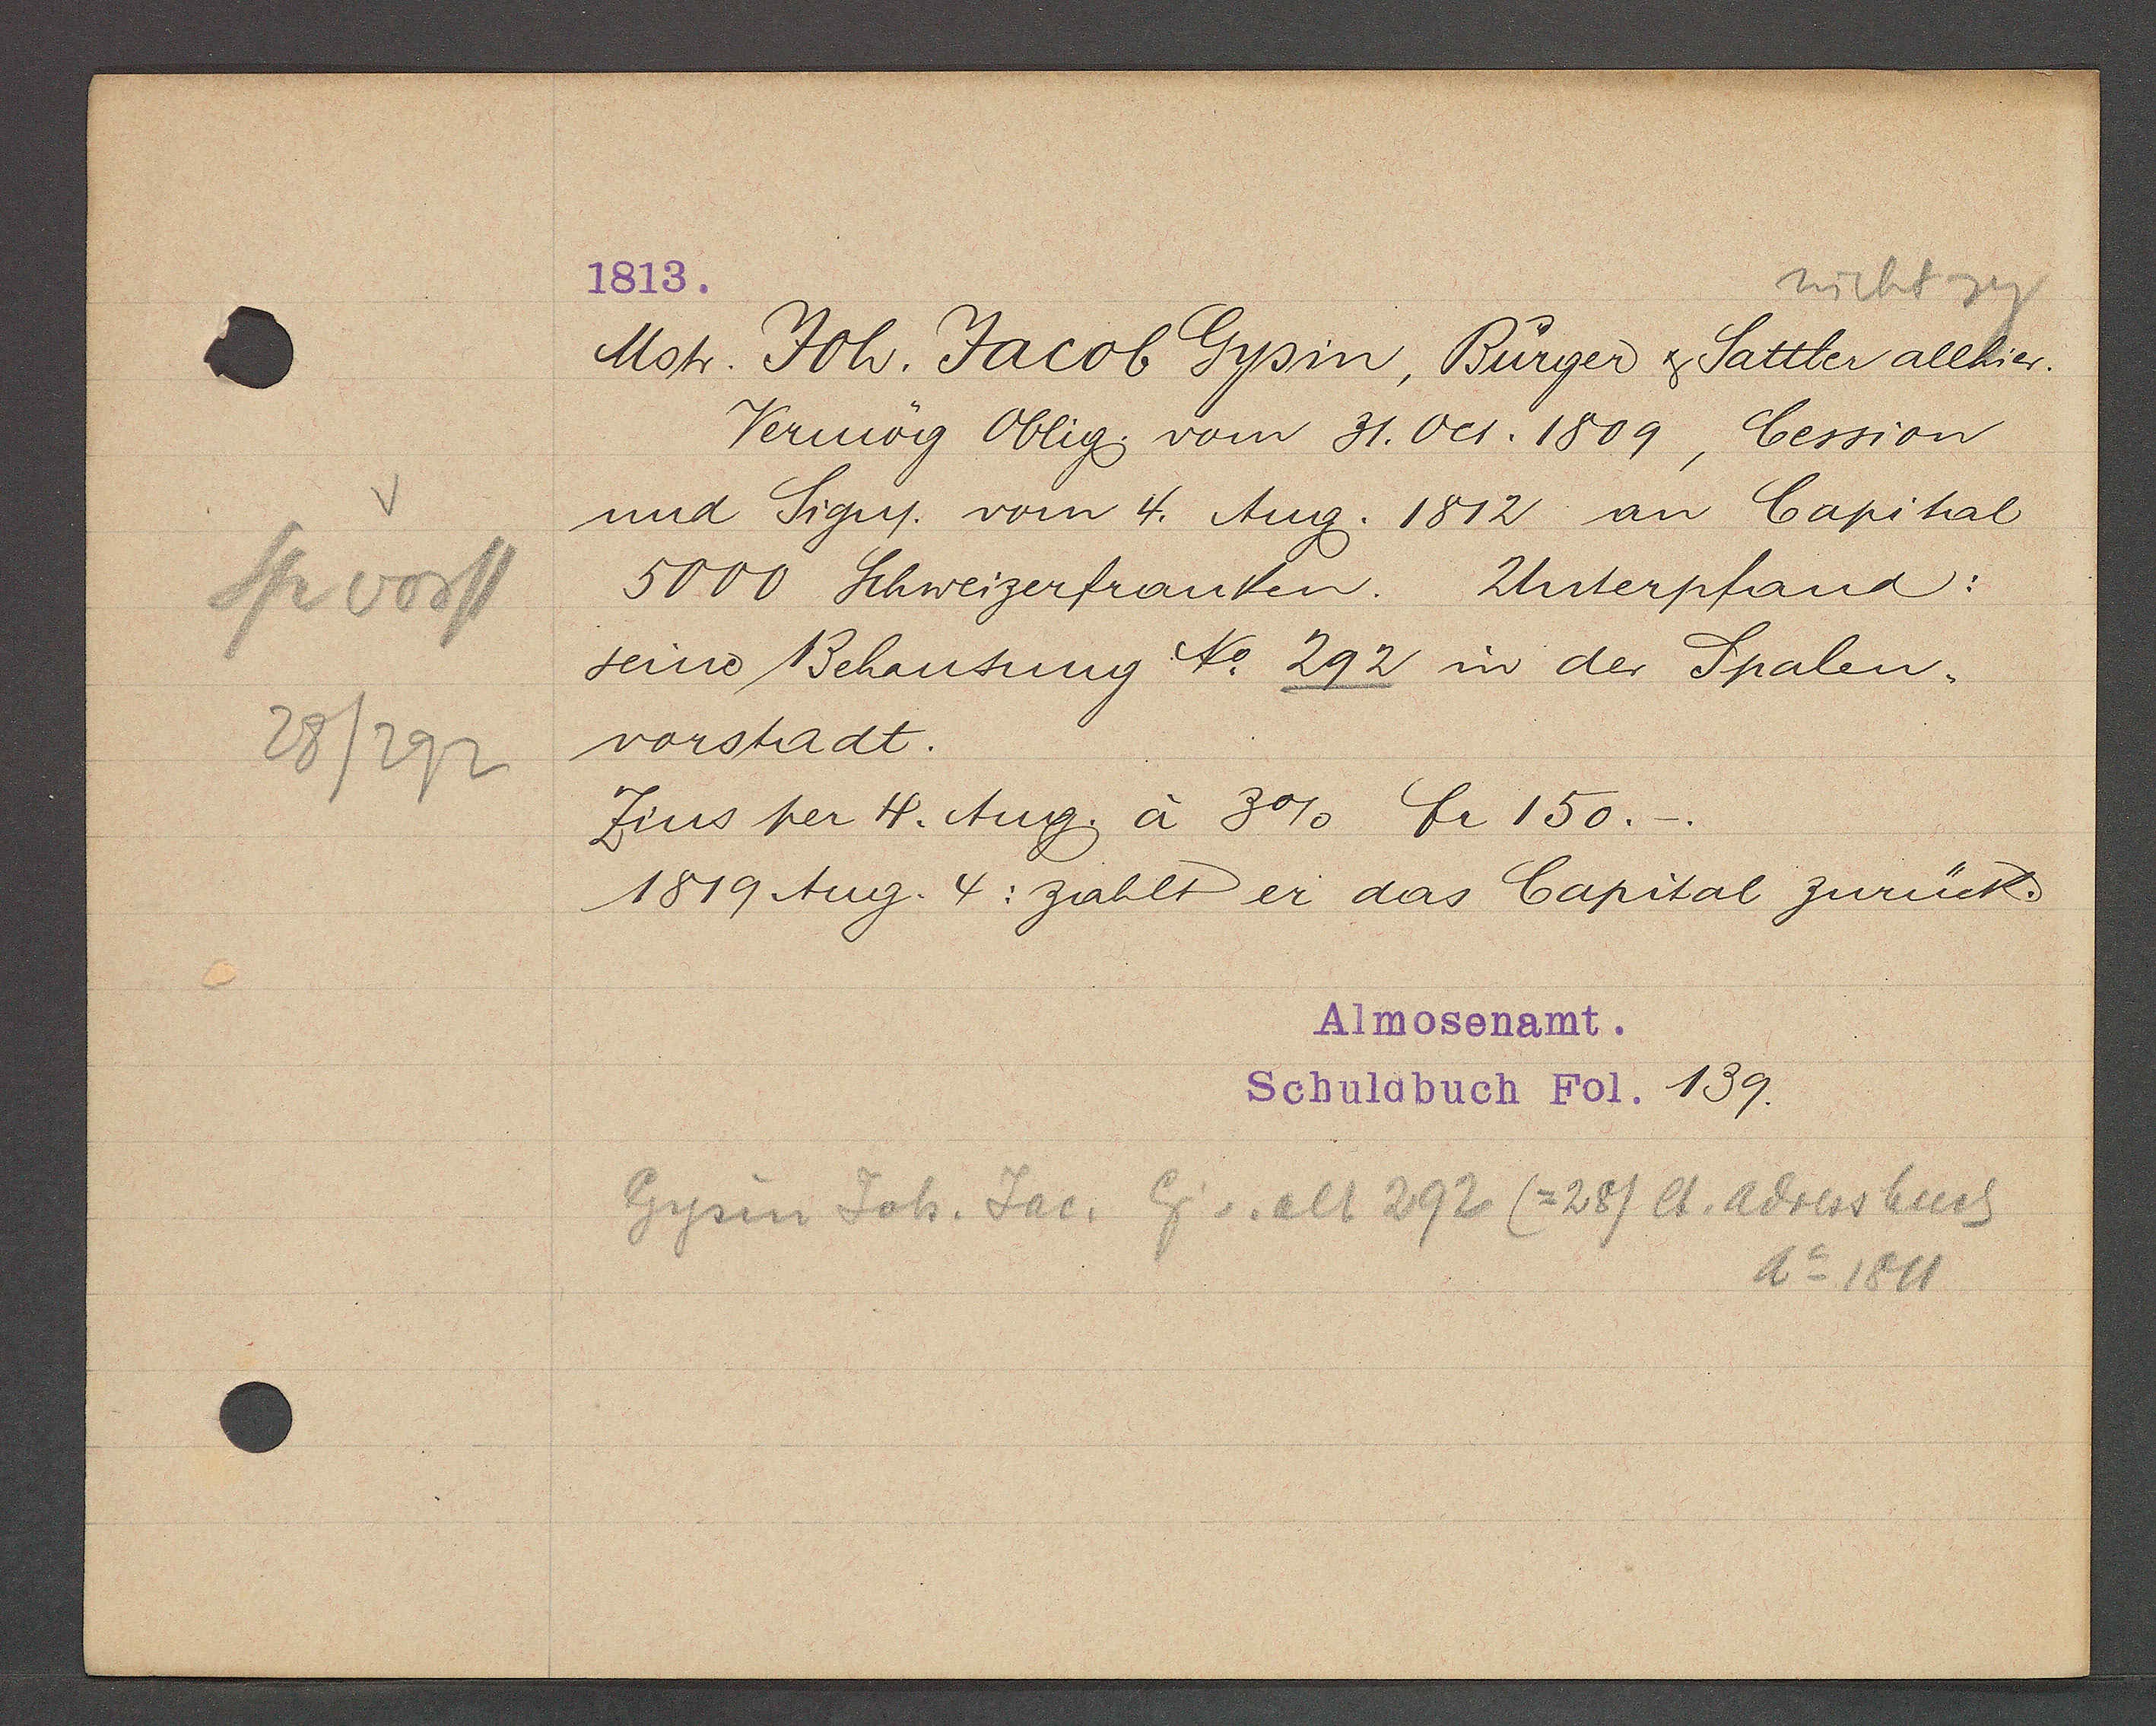
Transcript:
Sp vorst
28/292

1813.

Motr. Joh. Jacob Gysin, Bürger & Sattler allhier.
Vermög Oblig vom 31. Oct. 1809, Cession
und Signy. vom 4 Aug. 1812 an Capital
5000 Schweizerfranken. Unterpfand:
seine Behausung No 292 in der Spalen¬
vorstadt.
Zins per 4. Aug. à 3% fr 150.-
1519 Aug. 4: zahlt er das Capital zurück.

Almosenamt.
Schuldbuch Fol. 139.

Gysin Joh. Jac. Eig v. alt 292 (=281 lt. Adressbuch
Ao 1811